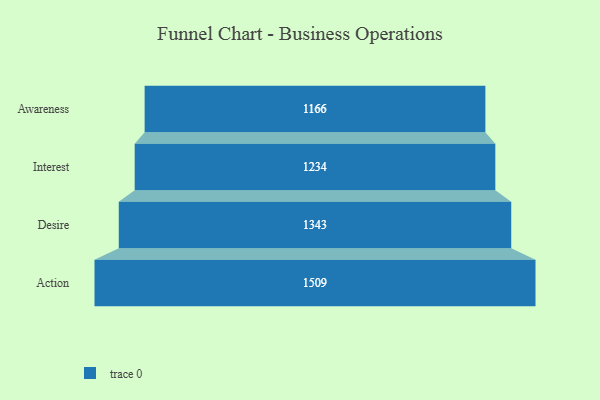
{"axis": {"x": "Stage", "y": "Value"}, "legend": [""], "data": [{"x": "Awareness", "y": 1166.0, "type": ""}, {"x": "Interest", "y": 1234.0, "type": ""}, {"x": "Desire", "y": 1343.0, "type": ""}, {"x": "Action", "y": 1509.0, "type": ""}]}